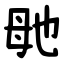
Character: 毑